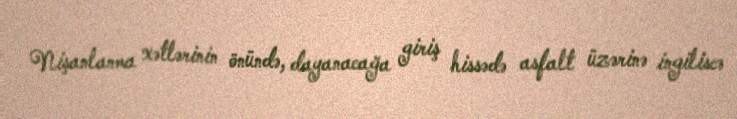
Nişanlanma xətlərinin önündə, dayanacağa giriş hissədə asfalt üzərinə ingiliscə